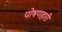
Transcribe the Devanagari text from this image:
पोषणहारी